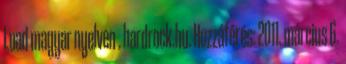
Load magyar nyelven . hardrock.hu. Hozzáférés: 2011. március 6.